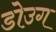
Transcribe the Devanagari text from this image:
डोउग